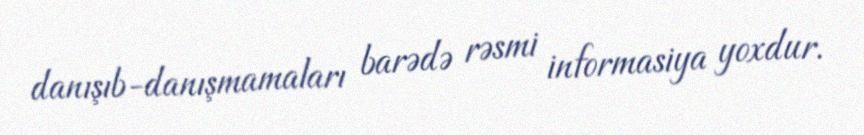
danışıb-danışmamaları barədə rəsmi informasiya yoxdur.